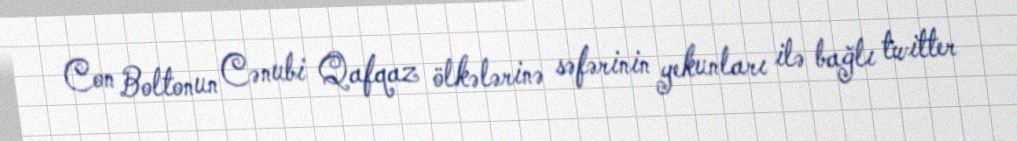
Con Boltonun Cənubi Qafqaz ölkələrinə səfərinin yekunları ilə bağlı twitter